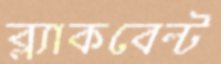
ব্ল্যাকবেল্ট